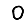
Digit: 0